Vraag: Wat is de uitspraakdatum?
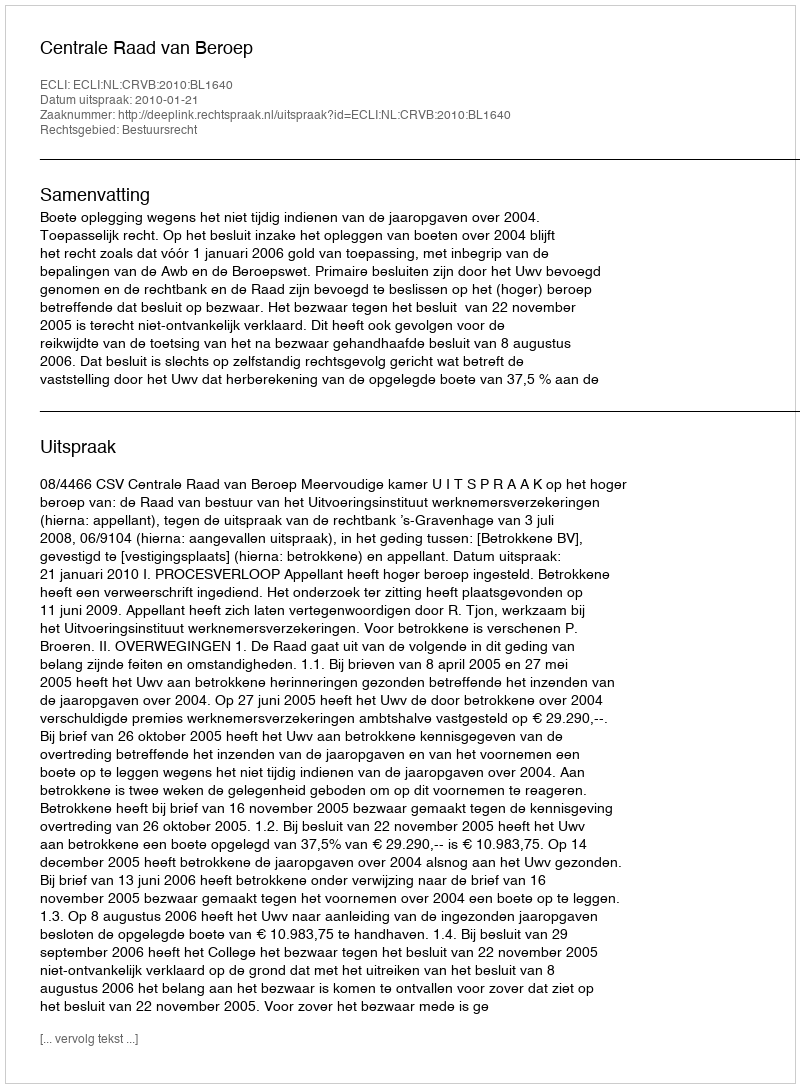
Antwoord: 2010-01-21